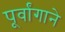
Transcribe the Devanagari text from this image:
पूर्वांगाने